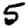
Digit: 5